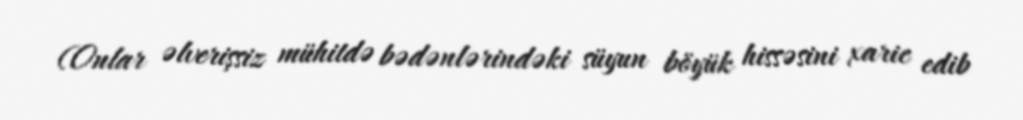
(Onlar əlverişsiz mühitdə bədənlərindəki süyun böyük hissəsini xaric edib